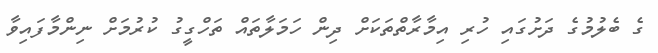
ގެ ބެލުމުގެ ދަށުގައި ހުރި އިމާރާތްތަކަށް ދިން ހަމަލާތައް ތަހްގީގު ކުރުމަށް ނިންމާފައިވާ